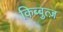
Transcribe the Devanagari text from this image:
किब्बुत्ज़